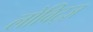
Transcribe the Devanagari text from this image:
लोविट्ज़